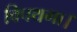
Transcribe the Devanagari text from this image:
विपथगा।